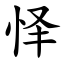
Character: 怿